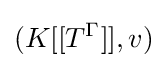
(K[[T^{\Gamma }]],v)